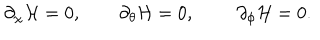
LaTeX: \partial _ { \chi } { \cal H } = 0 , ~ ~ \partial _ { \theta } { \cal H } = 0 , \partial _ { \phi } { \cal H } = 0 .